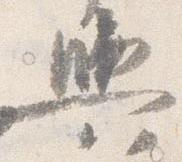
輿